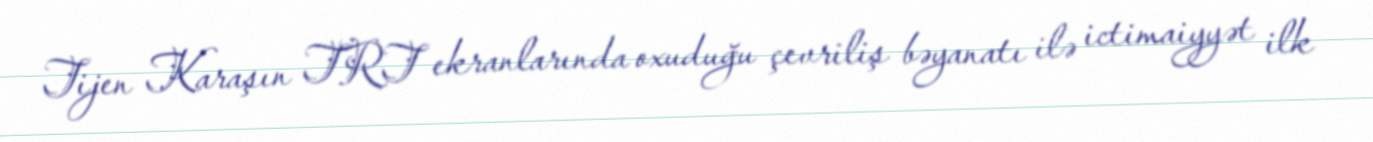
Tijen Karaşın TRT ekranlarında oxuduğu çevriliş bəyanatı ilə ictimaiyyət ilk